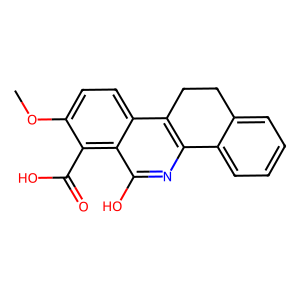
SMILES: COc1ccc2c3c(nc(O)c2c1C(=O)O)-c1ccccc1CC3
Inhibits HIV replication: No